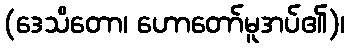
(ဒေသိတော၊ ဟောတော်မူအပ်၏)၊